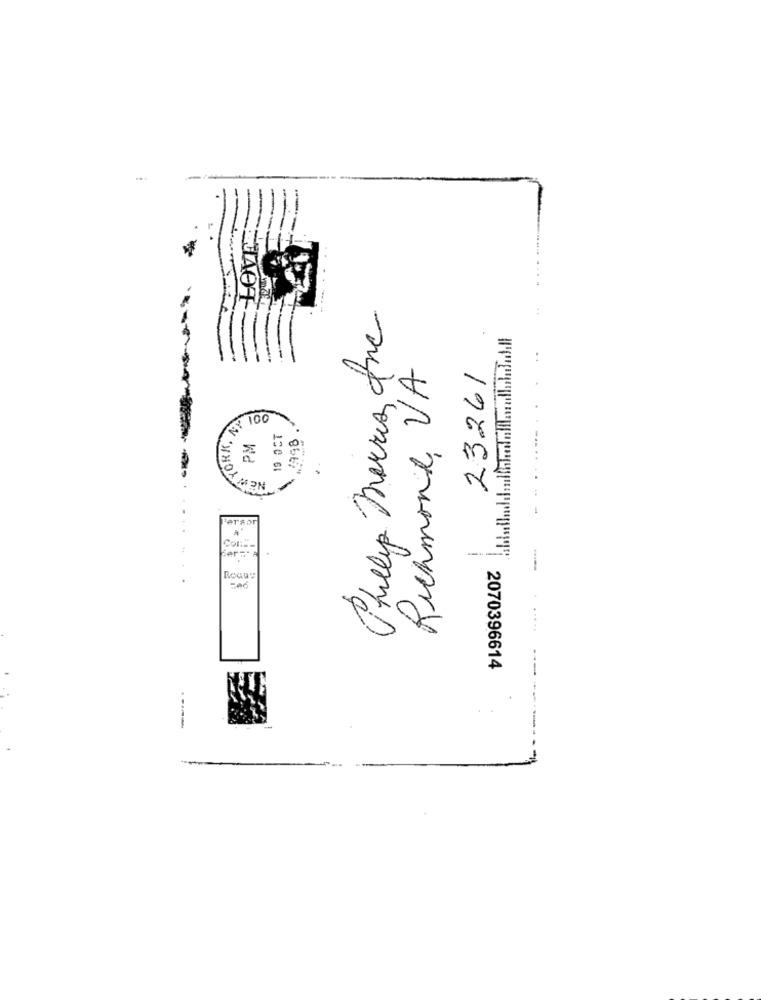
AmZE
Phillip morris one
Richmond VA
23261
₹ 100
1998
120 GI
------
01
ersor
Col :=-
Roque
₩2070396614
----